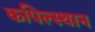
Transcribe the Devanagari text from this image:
कपिल्स्थान